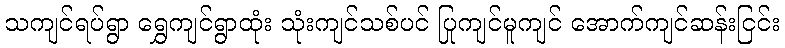
သကျင်ရပ်ရွာ ရွှေကျင်ရွာထုံး သုံးကျင်သစ်ပင် ပြုကျင်မူကျင် အောက်ကျင်ဆန်းငြင်း